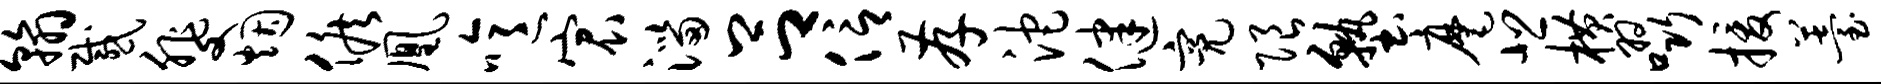
翰感斐烟候凰噫宸淄吕信存沱健亮限塾麾悲横啜援薹